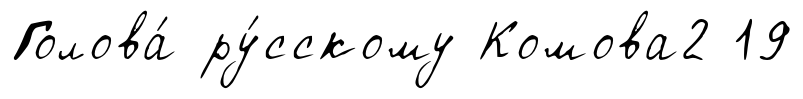
Голова́ ру́сскому Комова2 19